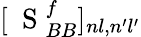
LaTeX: [\mathrm{~\mathbf~S~}_{BB}^{f}]_{nl,n^{\prime}l^{\prime}}